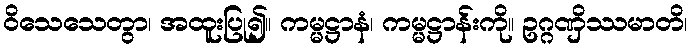
ဝိသေသေတွာ၊ အထူးပြု၍။ ကမ္မဋ္ဌာနံ၊ ကမ္မဋ္ဌာန်းကို။ ဥဂ္ဂဏှိဿမာတိ၊